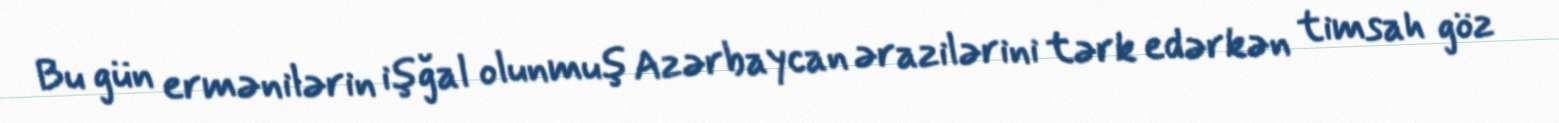
Bu gün ermənilərin işğal olunmuş Azərbaycan ərazilərini tərk edərkən timsah göz